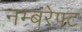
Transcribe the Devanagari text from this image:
नम्बरेफ्ट